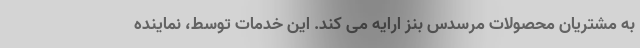
به مشتریان محصولات مرسدس بنز ارایه می کند. این خدمات توسط، نماینده